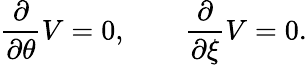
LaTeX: {\frac{\partial}{\partial\theta}}V=0,\qquad{\frac{\partial}{\partial\xi}}V=0.